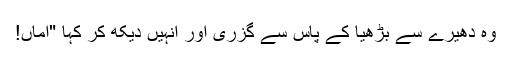
وہ دھیرے سے بڑھیا کے پاس سے گزری اور انہیں دیکھ کر کہا "اماں!